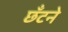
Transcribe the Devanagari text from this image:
छँटने